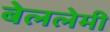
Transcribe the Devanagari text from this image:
बेललेमी